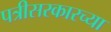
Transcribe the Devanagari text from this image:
पत्रीसरकारच्या